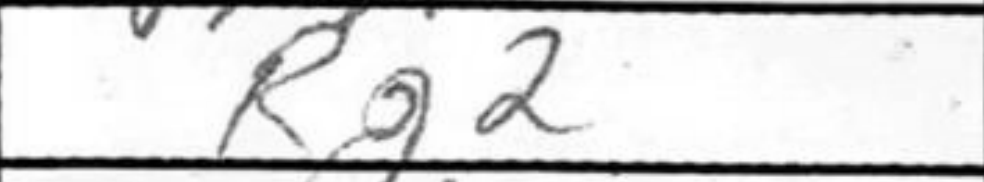
Transcription: Rg2